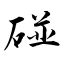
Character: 碰